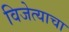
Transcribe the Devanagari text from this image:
विजेत्याचा